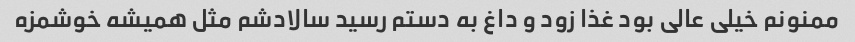
ممنونم خیلی عالی بود غذا زود و داغ به دستم رسید سالادشم مثل همیشه خوشمزه